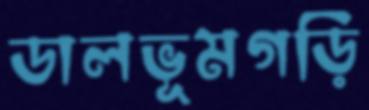
ডালভূমগড়ি